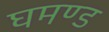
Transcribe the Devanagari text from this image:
घमण्‍ड